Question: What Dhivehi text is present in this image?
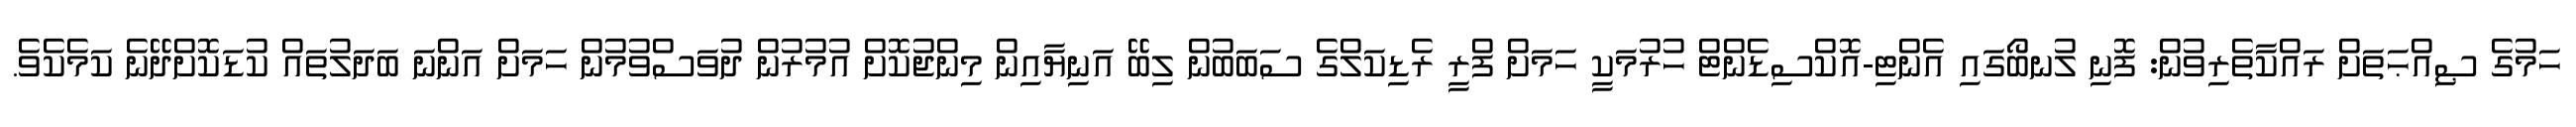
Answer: ހަމުގެ ޞިއްޙަތަށް ރައްކާތެރިވުން: ފޮނި ލުނބޯގައި އެންޓި-އޮކްސިޑެންޓް ހުރުމަކީ ހަމަށް ފްރީ ރެޑިކަލްގެ ސަބަބުން ލިބޭ އަނިޔާއިން މިންޖުކޮށް އުމުރުން ދުވަސްވުމުން ހަމަށް އަންނަ ބަދަލުތައް ކުޑަކޮށްދޭނެ ކަމެކެވެ.